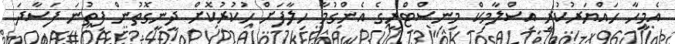
އެމީހާ ހައްޔަރުކުރީ އިސްލާމިކް މިނިސްޓްރީގެ އެންގުމާ ހިލާފަށް ހުކުރުކޮށް ދީނީގޮތުން ފިތުނަ ފަސާދަ